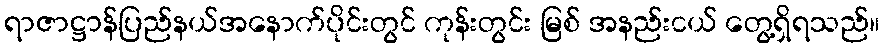
ရာဇာဋ္ဌာန်ပြည်နယ်အနောက်ပိုင်းတွင် ကုန်းတွင်း မြစ် အနည်းငယ် တွေ့ရှိရသည်။